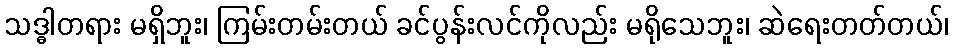
သဒ္ဓါတရား မရှိဘူး၊ ကြမ်းတမ်းတယ် ခင်ပွန်းလင်ကိုလည်း မရိုသေဘူး၊ ဆဲရေးတတ်တယ်၊